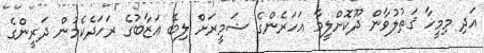
އަދި މިމީހާ ޤަތުލުވާން ދޫކޮށްލީމާ އަހަރެންގެ ޟަމީރަށް ލިބޭ ޢަޒާބުގެ ރަހަދެކެމުން ދަރީންގެ